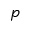
p